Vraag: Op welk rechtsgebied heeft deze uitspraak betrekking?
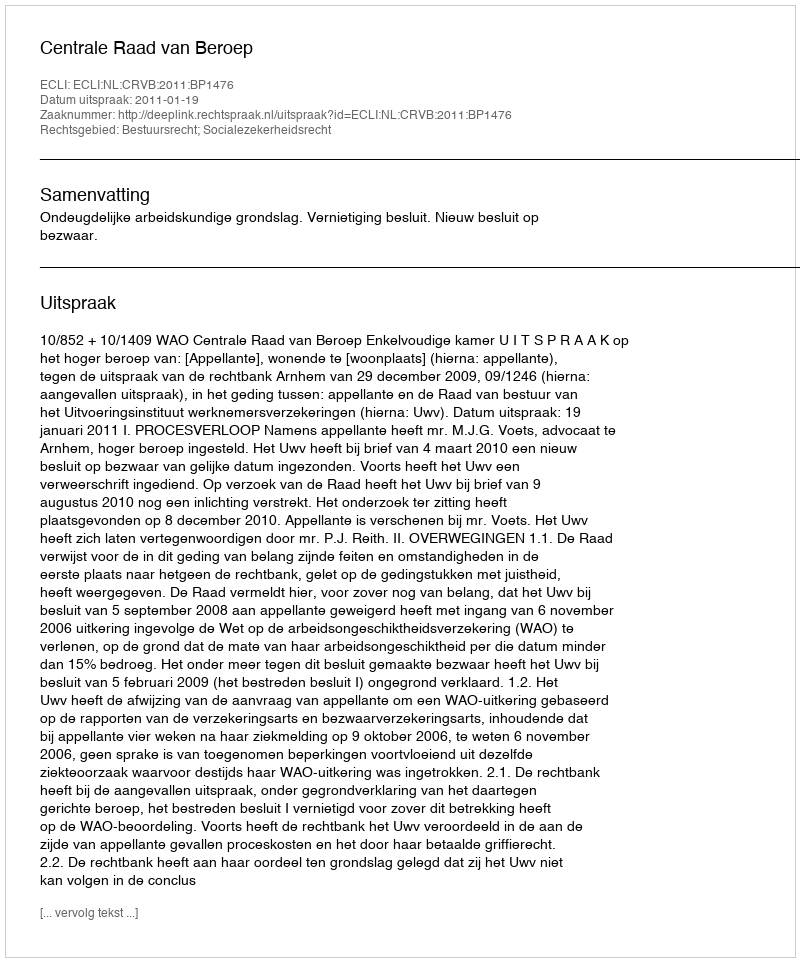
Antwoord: Bestuursrecht; Socialezekerheidsrecht